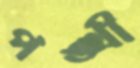
পঙ্খী